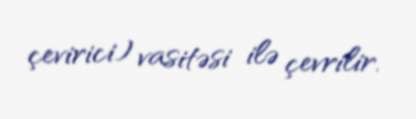
çevirici) vasitəsi ilə çevrilir.